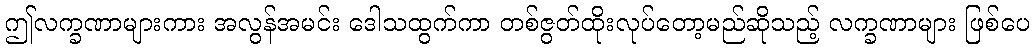
ဤလက္ခဏာများကား အလွန်အမင်း ဒေါသထွက်ကာ တစ်ဇွတ်ထိုးလုပ်တော့မည်ဆိုသည့် လက္ခဏာများ ဖြစ်ပေ